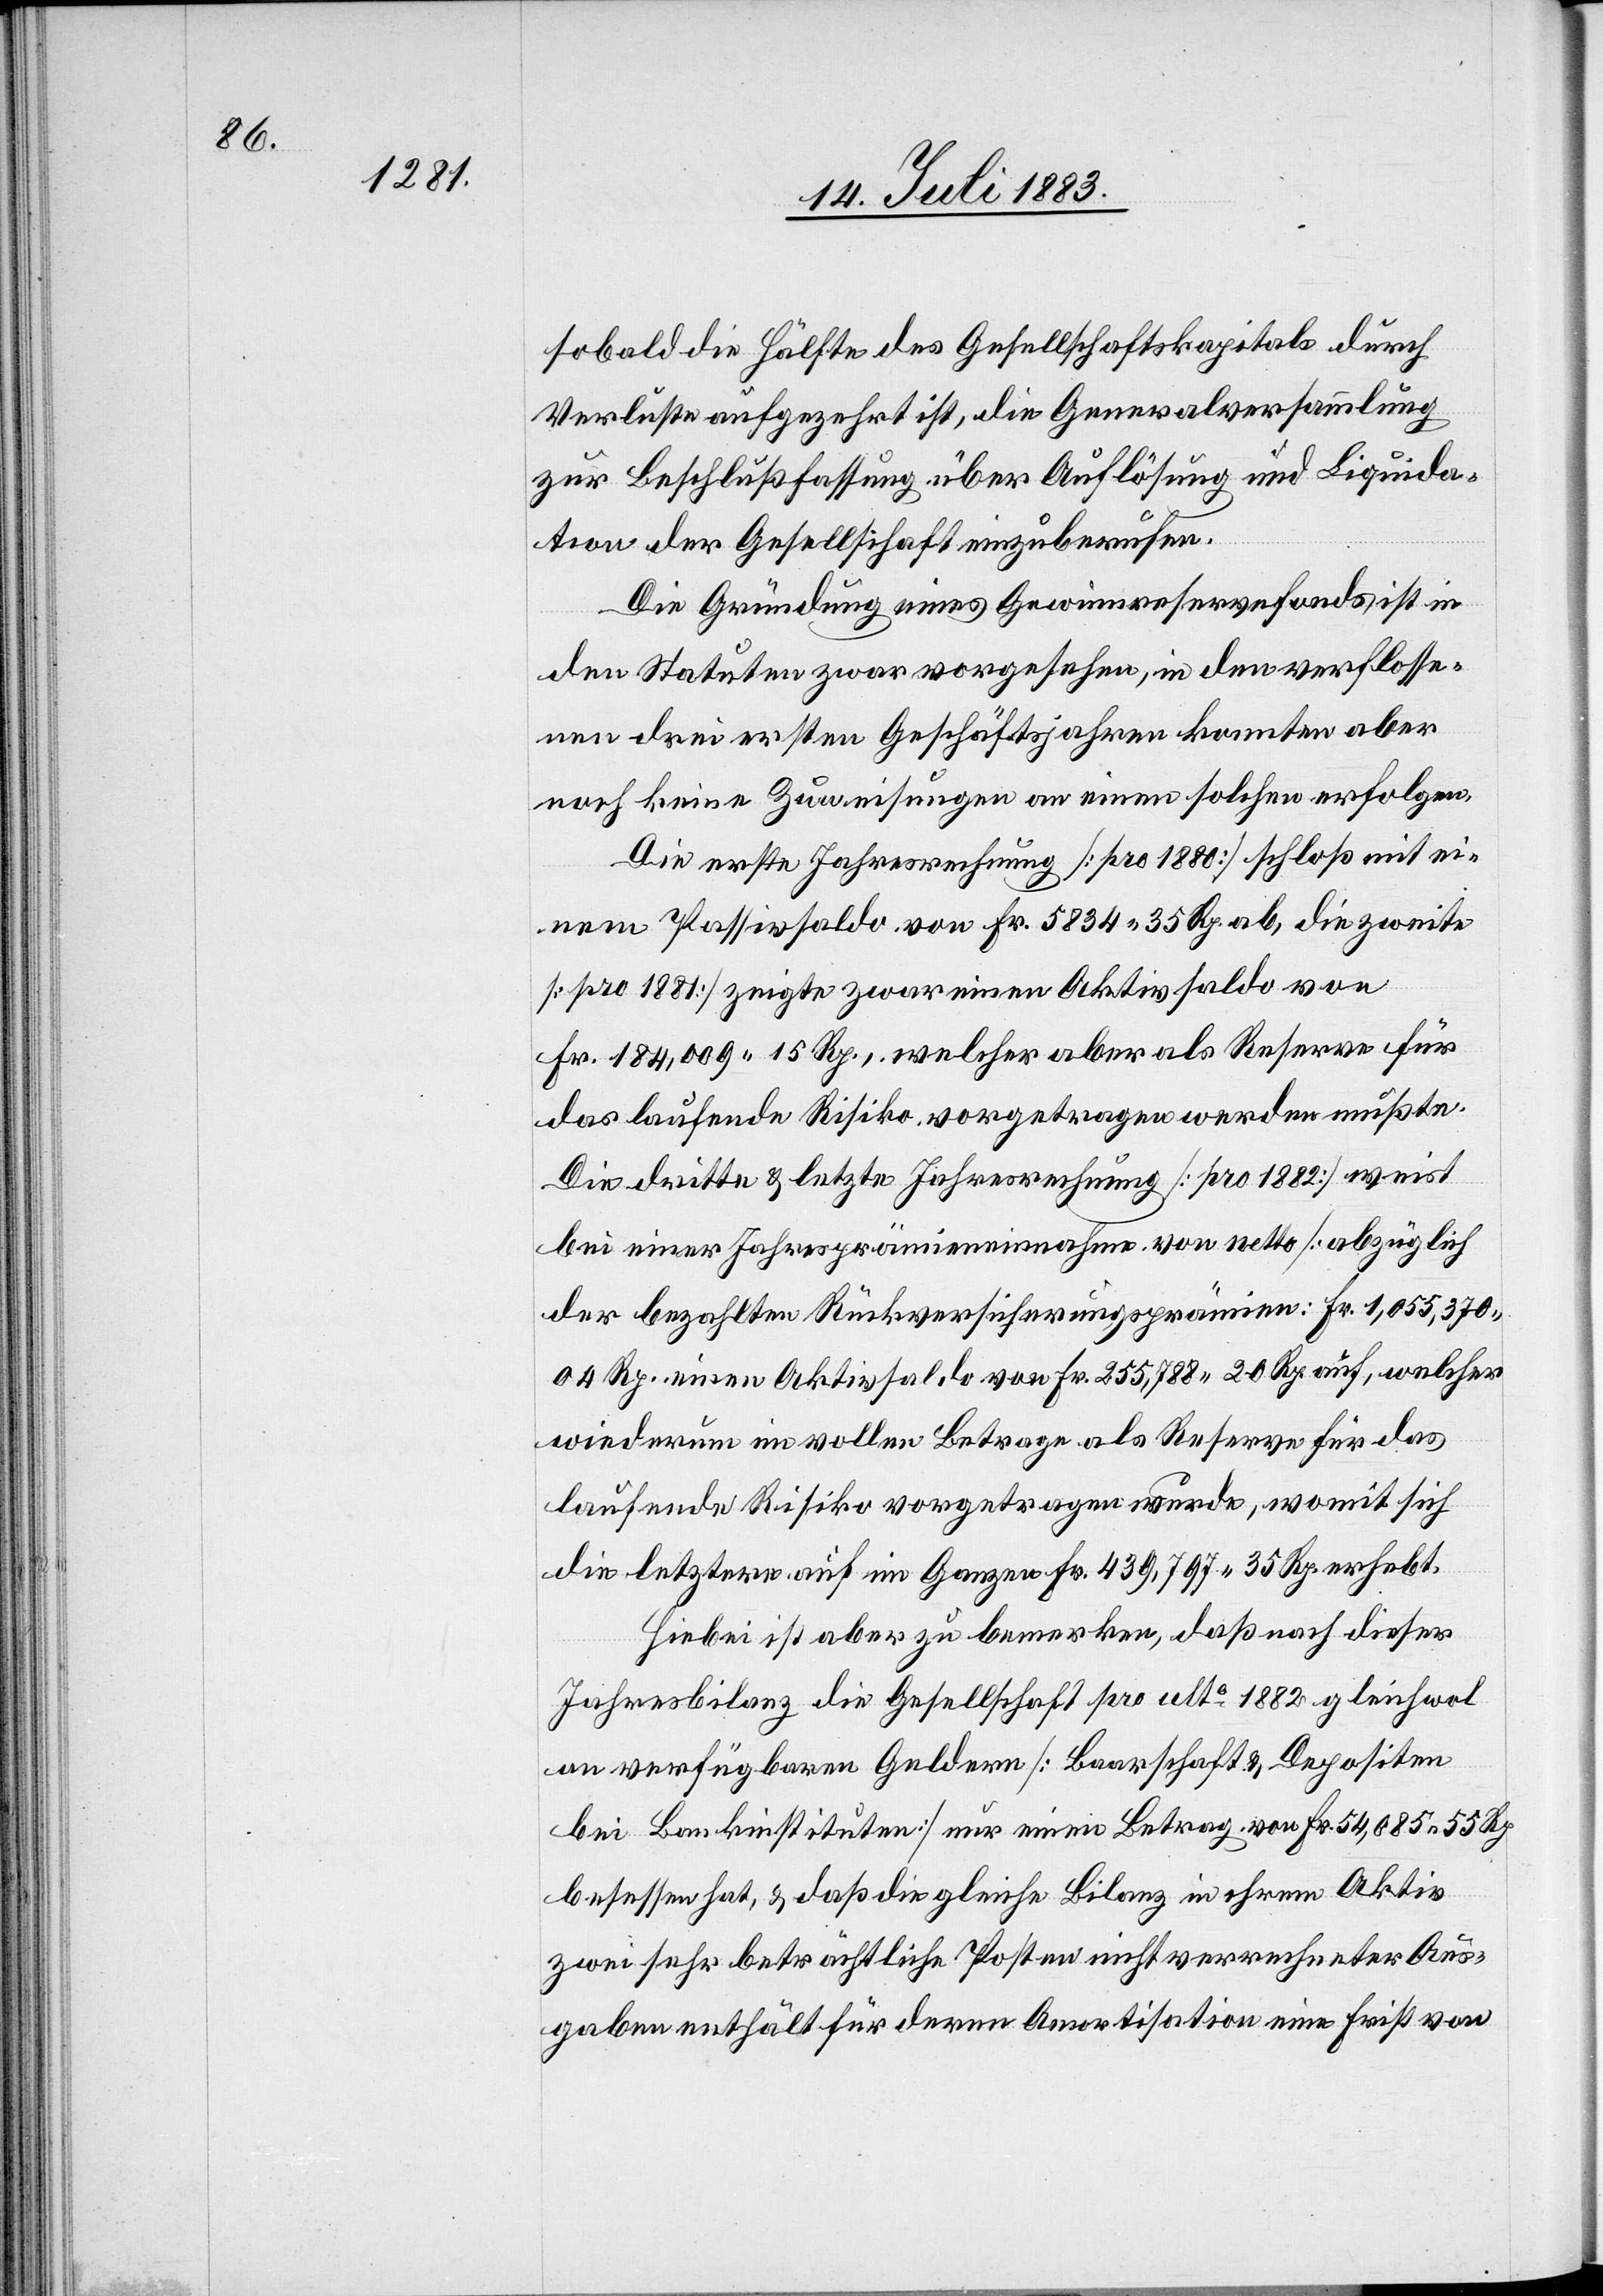
sobald die Hälfte des Gesellschaftskapitals durch
Verluste aufgezehrt ist, die Generalversammlung
zur Beschlußfassung über Auflösung und Liquida¬
tion der Gesellschaft einzuberufen.
Die Gründung eines Gewinnreservefonds ist in
den Statuten zwar vorgesehen, in den verflosse¬
nen drei ersten Geschäftsjahren konnten aber
noch keine Zuweisungen an einen solchen erfolgen.
Die erste Jahresrechnung [pro 1880] schloß mit ei¬
nem Passivsaldo von Fr. 5834 35 Rp. ab, die zweite
[pro 1881] zeigte zwar einen Aktivsaldo von
Fr. 184,009 15 Rp., welcher aber als Reserve für
das laufende Risiko vorgetragen werden mußte.
Die dritte & letzte Jahresrechnung [pro 1882] weist
bei einer Jahresprämieneinnahme von netto [abzüglich
der bezahlten Rückversicherungsprämien: Fr. 1,055,370
04 Rp.[]] einen Aktivsaldo von Fr. 255,788 20 Rp. auf, welcher
wiederum im vollen Betrage als Reserve für das
laufende Risiko vorgetragen wurde, womit sich
die letztere auf im Ganzen Fr. 239,797 35 Rp. erhebt.
Hiebei ist aber zu bemerken, daß nach dieser
Jahresbilanz die Gesellschaft pro alto 1882 gleichwol
an verfügbaren Geldern [Baarschaft & Depositen
bei Bankinstitutionen] nur einen Betrag von Fr. 54,085 55 Rp.
besessen hat, & daß die gleiche Bilanz in ihrem Aktiv
zwei sehr beträchtliche Posten nicht verrechneter Aus¬
gaben enthält für deren Amortisation eine Frist von